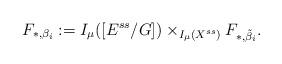
LaTeX: \begin{align*}F_{*,\beta_i}:=I_{\mu}([E^{ss}/G])\times_{I_{\mu}(X^{ss})}F_{*,\tilde{\beta}_i}.\end{align*}